Indian Medical Review
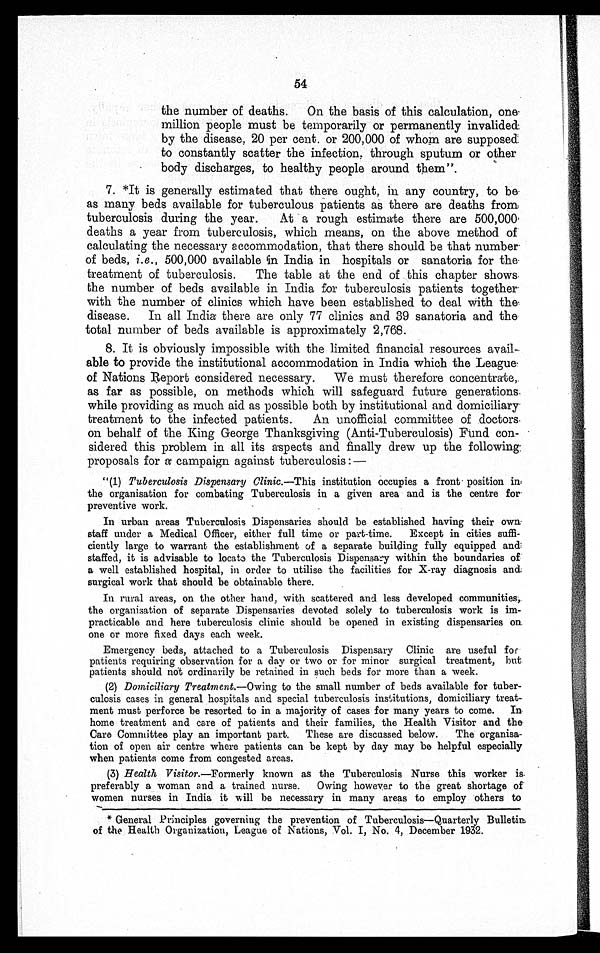
54
the number of deaths. On the basis of this calculation,
o n e m i l l i o n p e o p l e m u s t b e t e m p o r a r i l y o r p e r m a n e n t l y i n v a l i d e d
by the disease, 20 per cent. or 200,000 of whom are
s u p p o s e d t o c o n s t a n t l y s c a t t e r t h e i n f e c t i o n , t h r o u g h s p u t u m o r o t h e r
body discharges, to healthy people around them".
7.
7. *It is generally estimated that there ought, in any country, to be
as many beds available for tuberculous patients as there are deaths from
tuberculosis during the year. At a rough estimate there are 500,000
deaths a year from tuberculosis, which means, on the above method of
calculating the necessary accommodation, that there should be that number
of beds, i.e., 500,000 available in India in hospitals or sanatoria for the
treatment of tuberculosis. The table at the end of this chapter shows
the number of beds available in India for tuberculosis patients together
with the number of clinics which have been established to deal with the
disease. In all India there are only 77 clinics and 39 sanatoria and the
total number of beds available is approximately 2,768.
8. It is obviously impossible with the limited financial resources avail-
-able to provide the institutional accommodation in India which the League
of Nations Report considered necessary. We must therefore concentrate,
as far as possible, on methods which will safeguard future generations
while providing as much aid as possible both by institutional and domiciliary
treatment to the infected patients. An unofficial committee of doctors
on behalf of the King George Thanksgiving (Anti-Tuberculosis) Fund con-
-sidered this problem in all its aspects and finally drew up the following
proposals for a campaign against tuberculosis:—
"(1) Tuberculosis Dispensary Clinic. —This institution occupies a front position in
the organisation for combating Tuberculosis in a given area and is the centre for
preventive work.
In urban areas Tuberculosis Dispensaries should be established having their own
staff under a Medical Officer, either full time or part-time. Except in cities suffi-
ciently large to warrant the establishment of a separate building fully equipped and
staffed, it is advisable to locate the Tuberculosis Dispensary within the boundaries of
a well established hospital, in order to utilise the facilities for X-ray diagnosis and
surgical work that should be obtainable there.
In rural areas, on the other hand, with scattered and less developed communities,
the organisation of separate Dispensaries devoted solely to tuberculosis work is im-
practicable and here tuberculosis clinic should be opened in existing dispensaries on
one or more fixed days each week.
Emergency beds, attached to a Tuberculosis Dispensary Clinic are useful for
patients requiring observation for a day or two or for minor surgical treatment, but
patients should not ordinarily be retained in such beds for more than a week.
(2) Domiciliary Treatm ent.—Owing to the small number of beds available for tuber-
culosis cases in general hospitals and special tuberculosis institutions, domiciliary treat-
ment must perforce be resorted to in a majority of cases for many years to come. In
home treatment and care of patients and their families, the Health Visitor and the
Care Committee play an important part. These are discussed below. The organisa-
tion of open air centre where patients can be kept by day may be helpful especially
when patients come from congested areas.
(3) Health Visitor .—Formerly known as the Tuberculosis Nurse this worker is
preferably a woman and a trained nurse. Owing however to the great shortage of
women nurses in India it will be necessary in many areas to employ others to
* General Principles governing the prevention of Tuberculosis—Quarterly Bulletin
of the Health Organization, League of Nations, Vol. I, No. 4, December 1932.